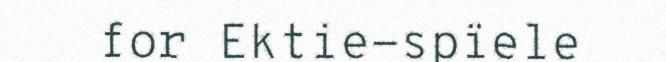
for Ektie-spïele